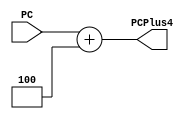
`timescale 1ns / 1ps

module NPC(
    input [31:0] PC,
    output [31:0] PCPlus4);

assign PCPlus4 = PC + 32'd4; //npc=pc+4
    
endmodule